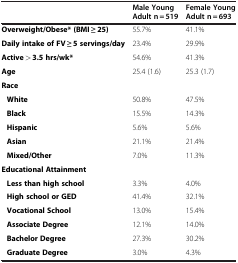
<table><thead><tr><td><b> </b></td><td><b>Male Young Adult n = 519</b></td><td><b>Female Young Adult n = 693</b></td></tr></thead><tbody><tr><td><b>Overweight/Obese* (BMI ≥ 25)</b></td><td>55.7%</td><td>41.1%</td></tr><tr><td><b>Daily intake of FV ≥ 5 servings/day</b></td><td>23.4%</td><td>29.9%</td></tr><tr><td><b>Active &gt; 3.5 hrs/wk*</b></td><td>54.6%</td><td>41.3%</td></tr><tr><td><b>Age</b></td><td>25.4 (1.6)</td><td>25.3 (1.7)</td></tr><tr><td><b>Race</b></td><td> </td><td> </td></tr><tr><td><b>White</b></td><td>50.8%</td><td>47.5%</td></tr><tr><td><b>Black</b></td><td>15.5%</td><td>14.3%</td></tr><tr><td><b>Hispanic</b></td><td>5.6%</td><td>5.6%</td></tr><tr><td><b>Asian</b></td><td>21.1%</td><td>21.4%</td></tr><tr><td><b>Mixed/Other</b></td><td>7.0%</td><td>11.3%</td></tr><tr><td><b>Educational Attainment</b></td><td> </td><td> </td></tr><tr><td><b>Less than high school</b></td><td>3.3%</td><td>4.0%</td></tr><tr><td><b>High school or GED</b></td><td>41.4%</td><td>32.1%</td></tr><tr><td><b>Vocational School</b></td><td>13.0%</td><td>15.4%</td></tr><tr><td><b>Associate Degree</b></td><td>12.1%</td><td>14.0%</td></tr><tr><td><b>Bachelor Degree</b></td><td>27.3%</td><td>30.2%</td></tr><tr><td><b>Graduate Degree</b></td><td>3.0%</td><td>4.3%</td></tr></tbody></table>